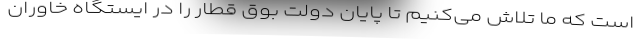
است که ما تلاش می‌کنیم تا پایان دولت بوق قطار را در ایستگاه خاوران